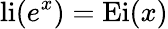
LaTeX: \operatorname{li}(e^{x})=\operatorname{Ei}(x)